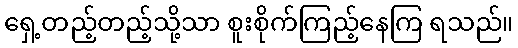
ရှေ့တည့်တည့်သို့သာ စူးစိုက်ကြည့်နေကြ ရသည်။